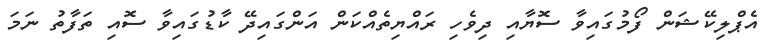
އެޕްލިކޭޝަން ފޯމުގައިވާ ސޮޔާއި ދިވެހި ރައްޔިތެއްކަން އަންގައިދޭ ކާޑުގައިވާ ސޮއި ތަފާތު ނަމަ